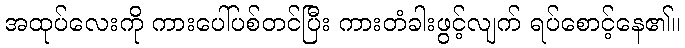
အထုပ်လေးကို ကားပေါ်ပစ်တင်ပြီး ကားတံခါးဖွင့်လျက် ရပ်စောင့်နေ၏။